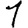
Digit: 1